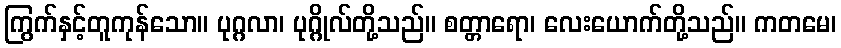
ကြွက်နှင့်တူကုန်သော။ ပုဂ္ဂလာ၊ ပုဂ္ဂိုလ်တို့သည်။ စတ္တာရော၊ လေးယောက်တို့သည်။ ကတမေ၊